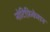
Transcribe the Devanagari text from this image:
नोटिफ़िकेशन